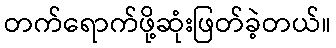
တက်ရောက်ဖို့ဆုံးဖြတ်ခဲ့တယ်။